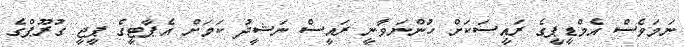
ނަމަވެސް އެމްޑީޕީގެ ރައީސަކަށް ހުންނަވާނީ ރައީސް ނަޝީދު ކަމަށް އެޕާޓީގެ ޕީޖީ ގުރޫޕްގެ